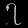
Digit: ၇